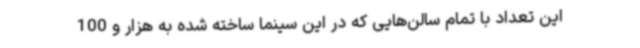
این تعداد با تمام سالن‌هایی که در این سینما ساخته شده به هزار و 100